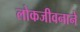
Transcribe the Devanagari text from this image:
लोकजीवनाने